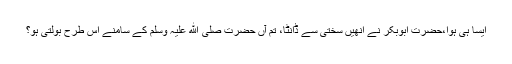
ایسا ہی ہوا،حضرت ابوبکر نے انھیں سختی سے ڈانٹا، تم آں حضرت صلی ﷲ علیہ وسلم کے سامنے اس طرح بولتی ہو؟